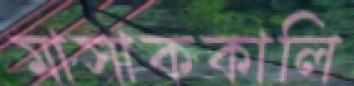
মাসাককালি